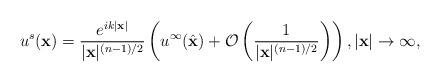
LaTeX: \begin{align*}u^s(\mathbf x)=\frac{e^{ik\vert \mathbf x\vert }}{\vert \mathbf x\vert^{(n-1)/2} }\left(u^\infty(\hat{\mathbf x})+\mathcal O\left(\frac{1}{\vert \mathbf x\vert^{(n-1)/2}}\right)\right), \vert \mathbf x\vert \to \infty,\end{align*}